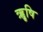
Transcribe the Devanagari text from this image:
ॠृषि